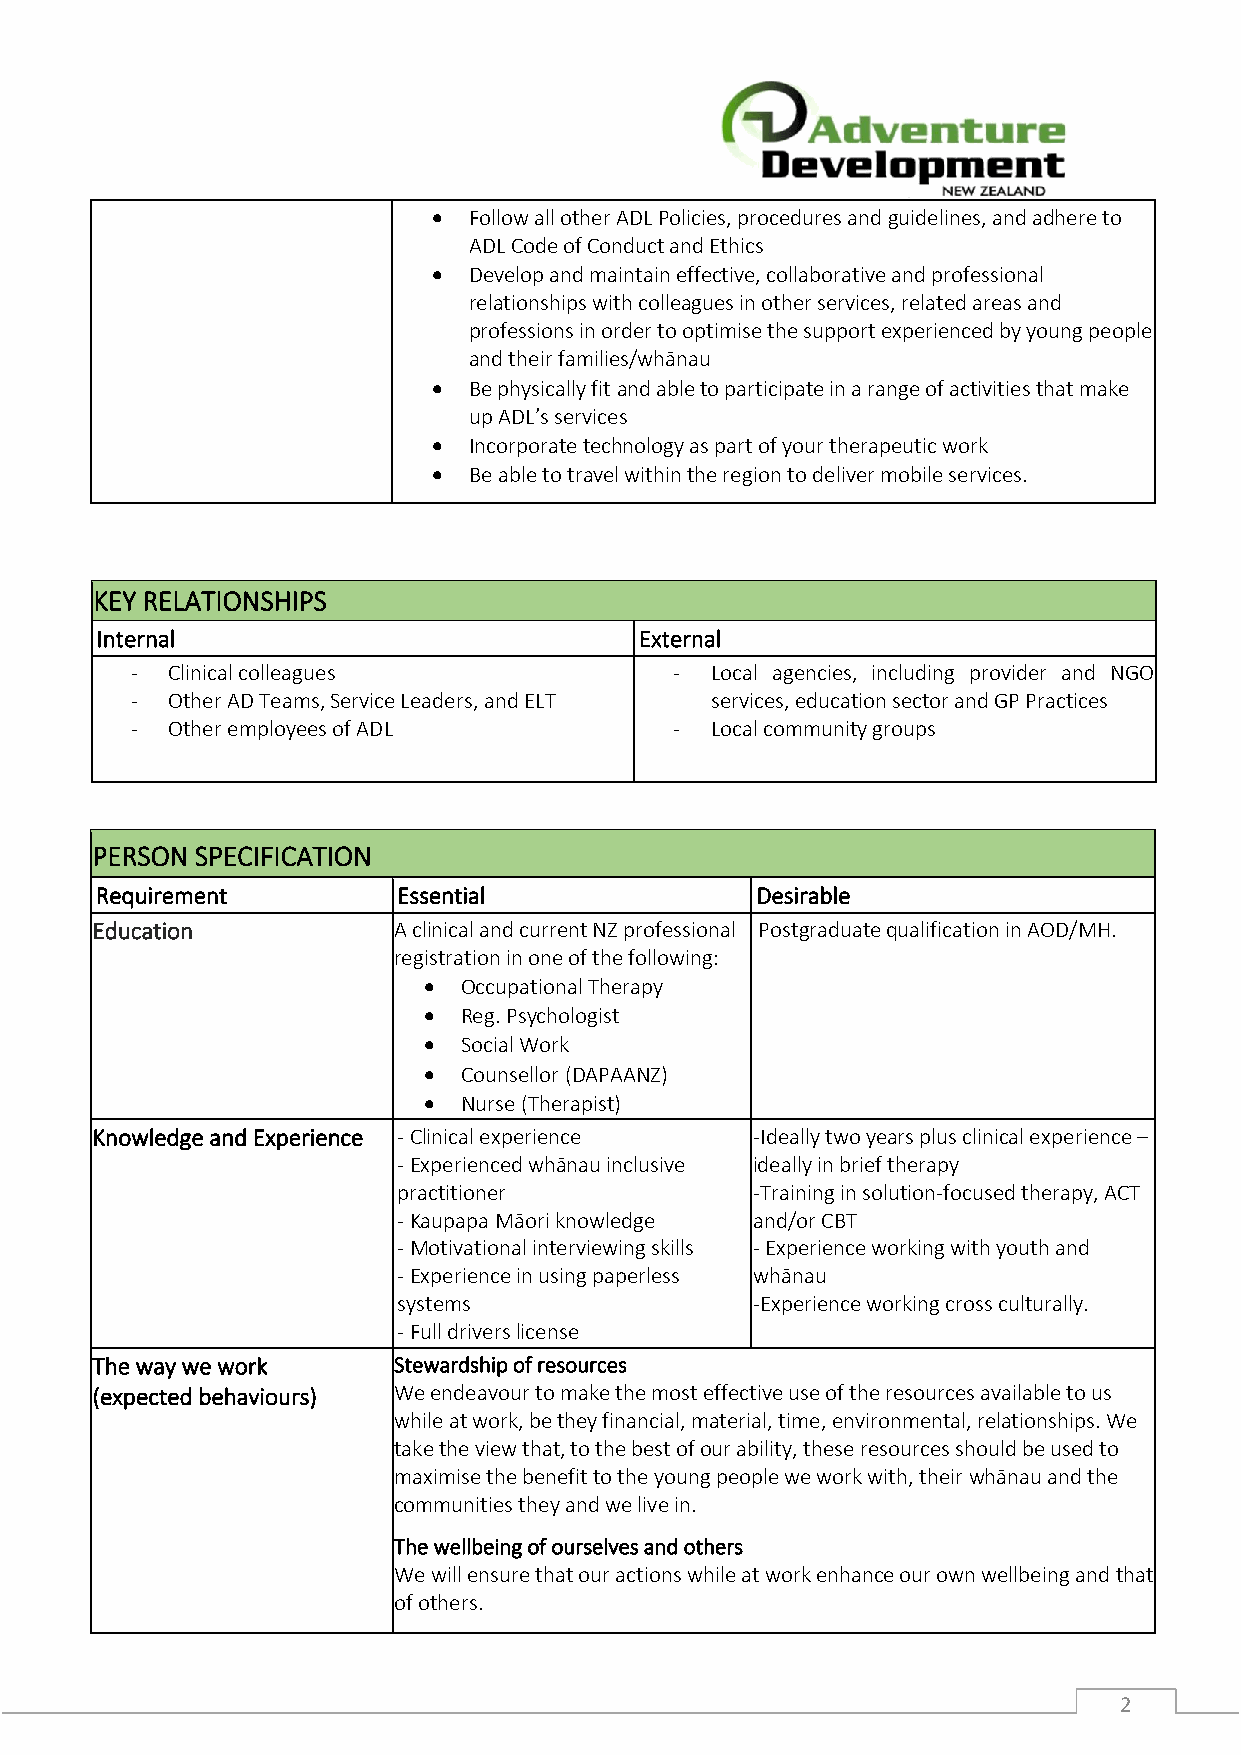
• Follow all other ADL Policies, procedures and guidelines, and adhere to
 ADL Code of Conduct and Ethics
 • Develop and maintain effective, collaborative and professional
 relationships with colleagues in other services, related areas and
 professions in order to optimise the support experienced by young people
 and their families/whānau
 • Be physically fit and able to participate in a range of activities that make
 up ADL’s services
 • Incorporate technology as part of your therapeutic work
 • Be able to travel within the region to deliver mobile services.
 KEY RELATIONSHIPS
 Internal                            External
 - Clinical colleagues               - Local agencies, including provider and NGO
 - Other AD Teams, Service Leaders, and ELT services, education sector and GP Practices
 - Other employees of ADL            - Local community groups
 PERSON SPECIFICATION
 Requirement         Essential               Desirable
 Education           A clinical and current NZ professional Postgraduate qualification in AOD/MH.
 registration in one of the following:
 •  Occupational Therapy
 •  Reg. Psychologist
 •  Social Work
 •  Counsellor (DAPAANZ)
 •  Nurse (Therapist)
 Knowledge and Experience - Clinical experience -Ideally two years plus clinical experience –
 - Experienced whānau inclusive ideally in brief therapy
 practitioner            -Training in solution-focused therapy, ACT
 - Kaupapa Māori knowledge and/or CBT
 - Motivational interviewing skills - Experience working with youth and
 - Experience in using paperless whānau
 systems                 -Experience working cross culturally.
 - Full drivers license
 The way we work     Stewardship of resources
 (expected behaviours) We endeavour to make the most effective use of the resources available to us
 while at work, be they financial, material, time, environmental, relationships. We
 take the view that, to the best of our ability, these resources should be used to
 maximise the benefit to the young people we work with, their whānau and the
 communities they and we live in.
 The wellbeing of ourselves and others
 We will ensure that our actions while at work enhance our own wellbeing and that
 of others.
 2